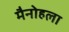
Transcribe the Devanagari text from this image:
मैनोहला